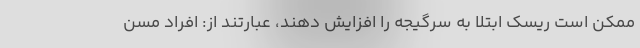
ممکن است ریسک ابتلا به سرگیجه را افزایش دهند، عبارتند از: افراد مسن